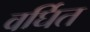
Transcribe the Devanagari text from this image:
वर्घित